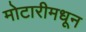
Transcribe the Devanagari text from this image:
मोटारीमधून